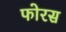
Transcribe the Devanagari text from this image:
फोरस